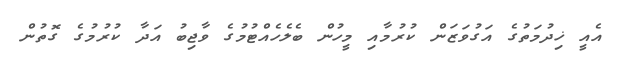
އެއީ ޚިދުމަތުގެ އަގުވަޒަން ކުރުމާއި މީހުން ބެލެހެއްޓުމުގެ ވާޖިބު އަދާ ކުރުމުގެ ގޮތުން